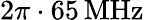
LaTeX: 2\pi\cdot 65\, \textrm{MHz}